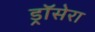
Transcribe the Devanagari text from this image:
ड्रॉसेरा